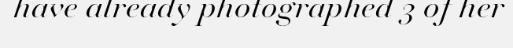
have already photographed 3 of her